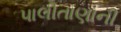
પાલીતાણાની